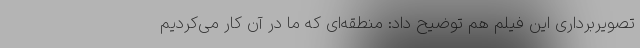
تصویربرداری این فیلم هم توضیح داد: منطقه‌ای که ما در آن کار می‌کردیم